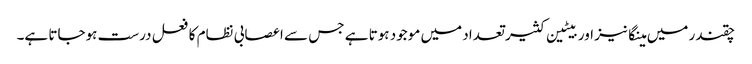
چقندر میں مینگانیز اور بیٹین کثیر تعداد میں موجود ہوتا ہے جس سے اعصابی نظام کا فعل درست ہوجاتا ہے۔